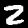
Digit: 2